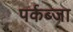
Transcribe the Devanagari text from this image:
पर्कब्जा